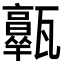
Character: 𤮩